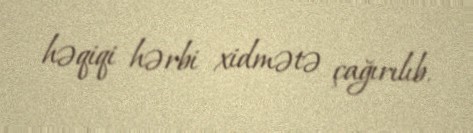
həqiqi hərbi xidmətə çağırılıb.